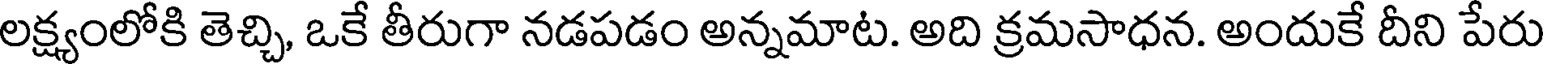
లక్ష్యంలోకి తెచ్చి, ఒకే తీరుగా నడపడం అన్నమాట. అది క్రమసాధన. అందుకే దీని పేరు